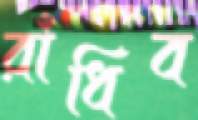
রাঁধিব